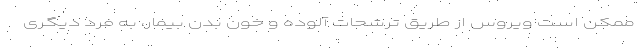
ممکن است ویروس از طریق ترشحات آلوده و خون بدن بیمار، به فرد دیگری